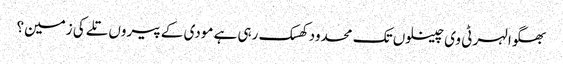
بھگوا لہر ٹی وی چینلوں تک محدود کھسک رہی ہے مودی کے پیروں تلے کی زمین؟